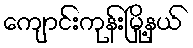
ကျောင်းကုန်းမြို့နယ်